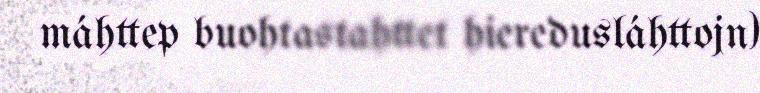
máhttep buohtastahttet hieredusláhttojn)